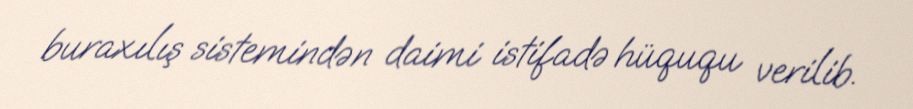
buraxılış sistemindən daimi istifadə hüququ verilib.